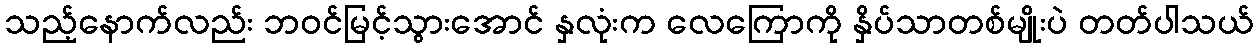
သည့်နောက်လည်း ဘဝင်မြင့်သွားအောင် နှလုံးက လေကြောကို နှိပ်သာတစ်မျိုးပဲ တတ်ပါသယ်